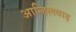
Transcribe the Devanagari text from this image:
आन्हिलवाड़